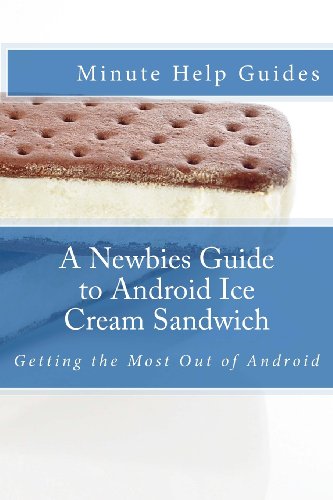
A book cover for A Newbies Guide to Android Ice Cream Sandwich: Getting the Most Out of Android; Minute Help Guides; Computers & Technology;